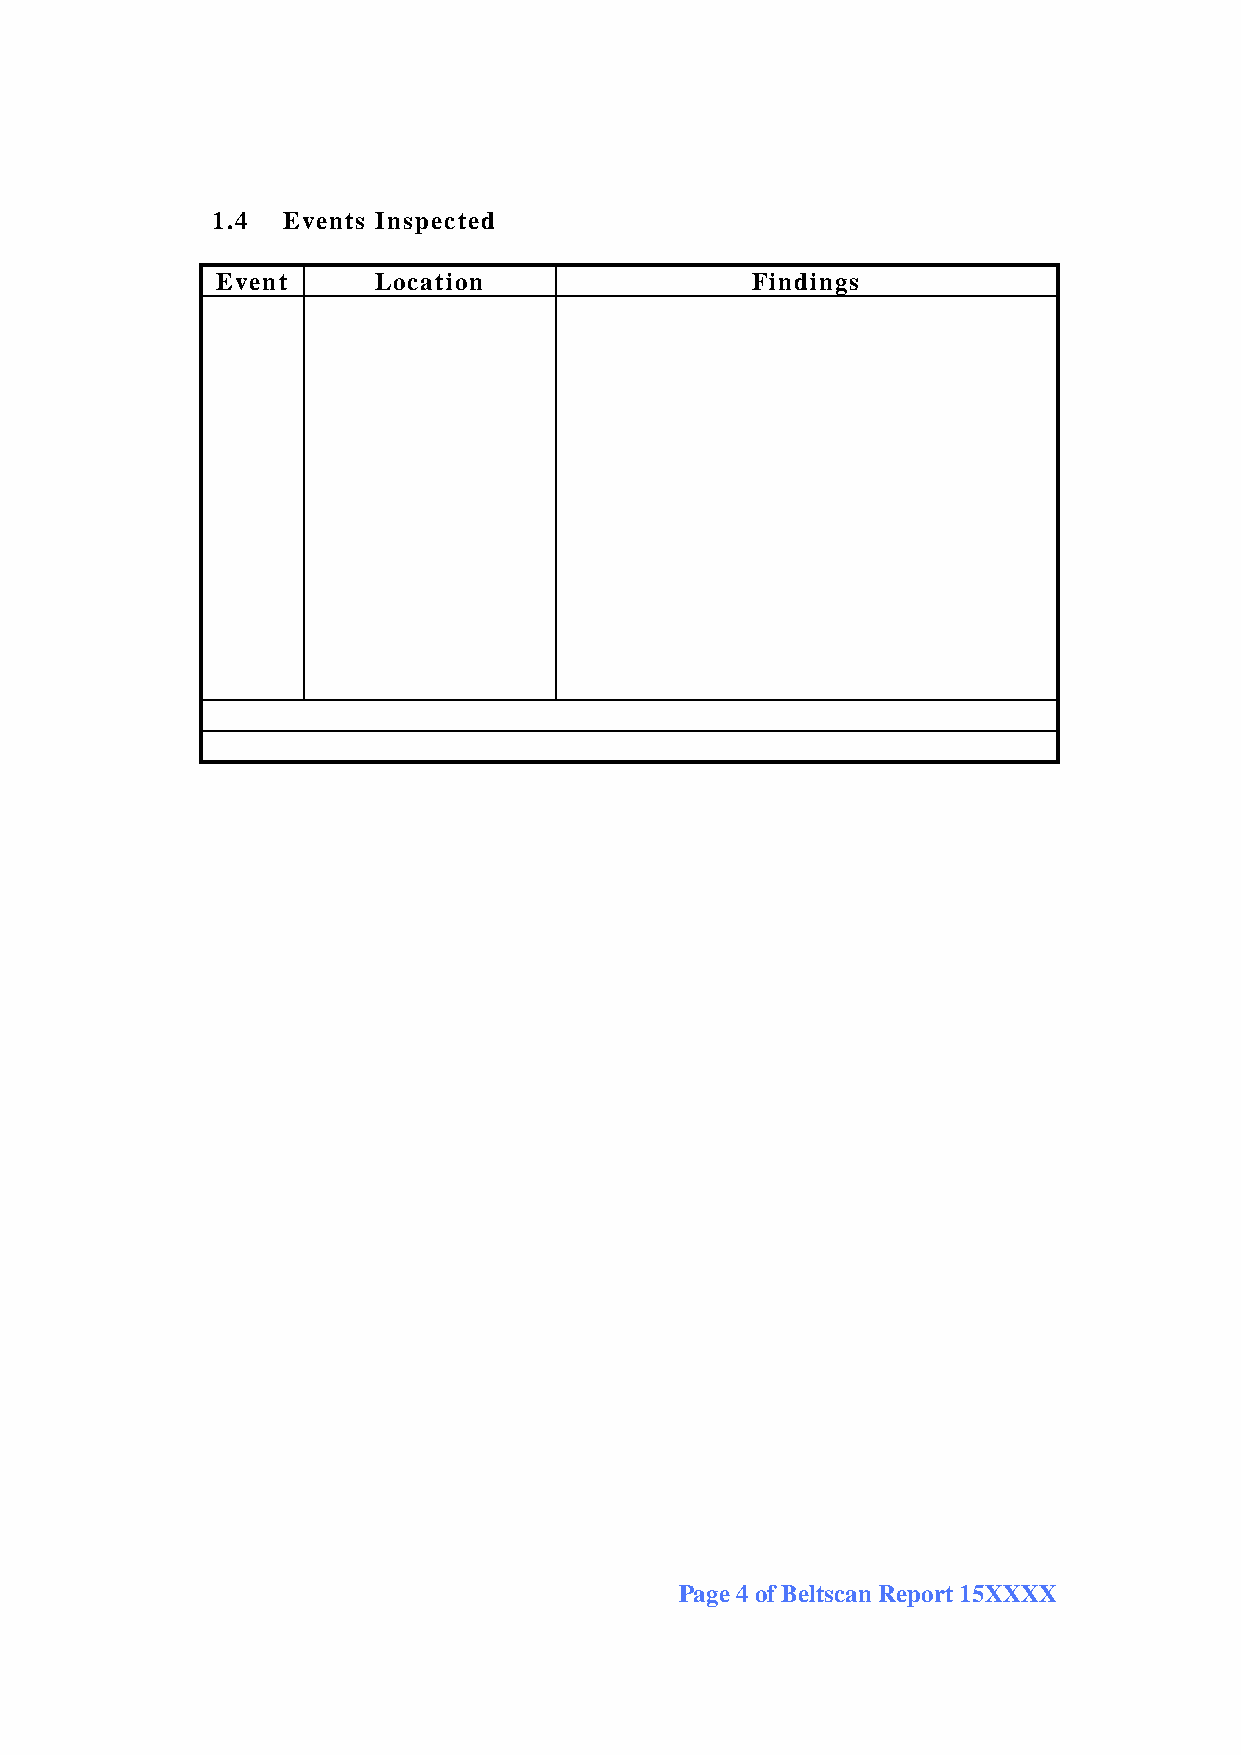
1.4  Events Inspected
 Event      Location                 Findings
 Page 4 of Beltscan Report 15XXXX